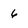
Character: 6